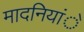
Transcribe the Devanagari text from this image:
मादनियांे